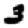
Digit: 3